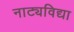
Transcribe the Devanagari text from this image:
नाट्यविद्या